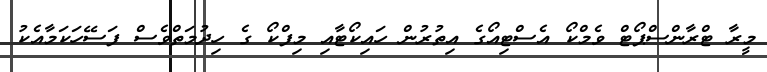
މީރާ ޓްރާންސްޕޯޓް ވެމްކޯ އެސްޓިއޯގެ އިތުރުން ހައިކޯޓާއި މިފްކޯ ގެ ހިދުމަތްވެސް ފަސޭހަކަމާއެކު